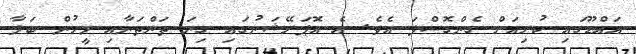
އައްޑޫގައި ކުރިއަށް ގެންގޮސްފަ އެވެ. އެ އޮޕަރޭޝަނުގައި ގިނަ ތަންތަނާއި މީހުން ބަލާ